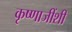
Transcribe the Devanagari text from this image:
कृष्णाजींशी